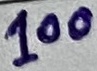
Text: 100